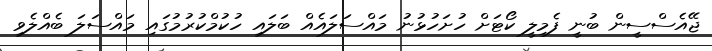
ޖޭއެސްސީން ބުނީ ފެމިލީ ކޯޓަށް ހުށަހުޅުނު މައްސަލައެއް ބަލައި ހުކުމްކުރުމުގައި މައްސަލަ ބެއްލެވި